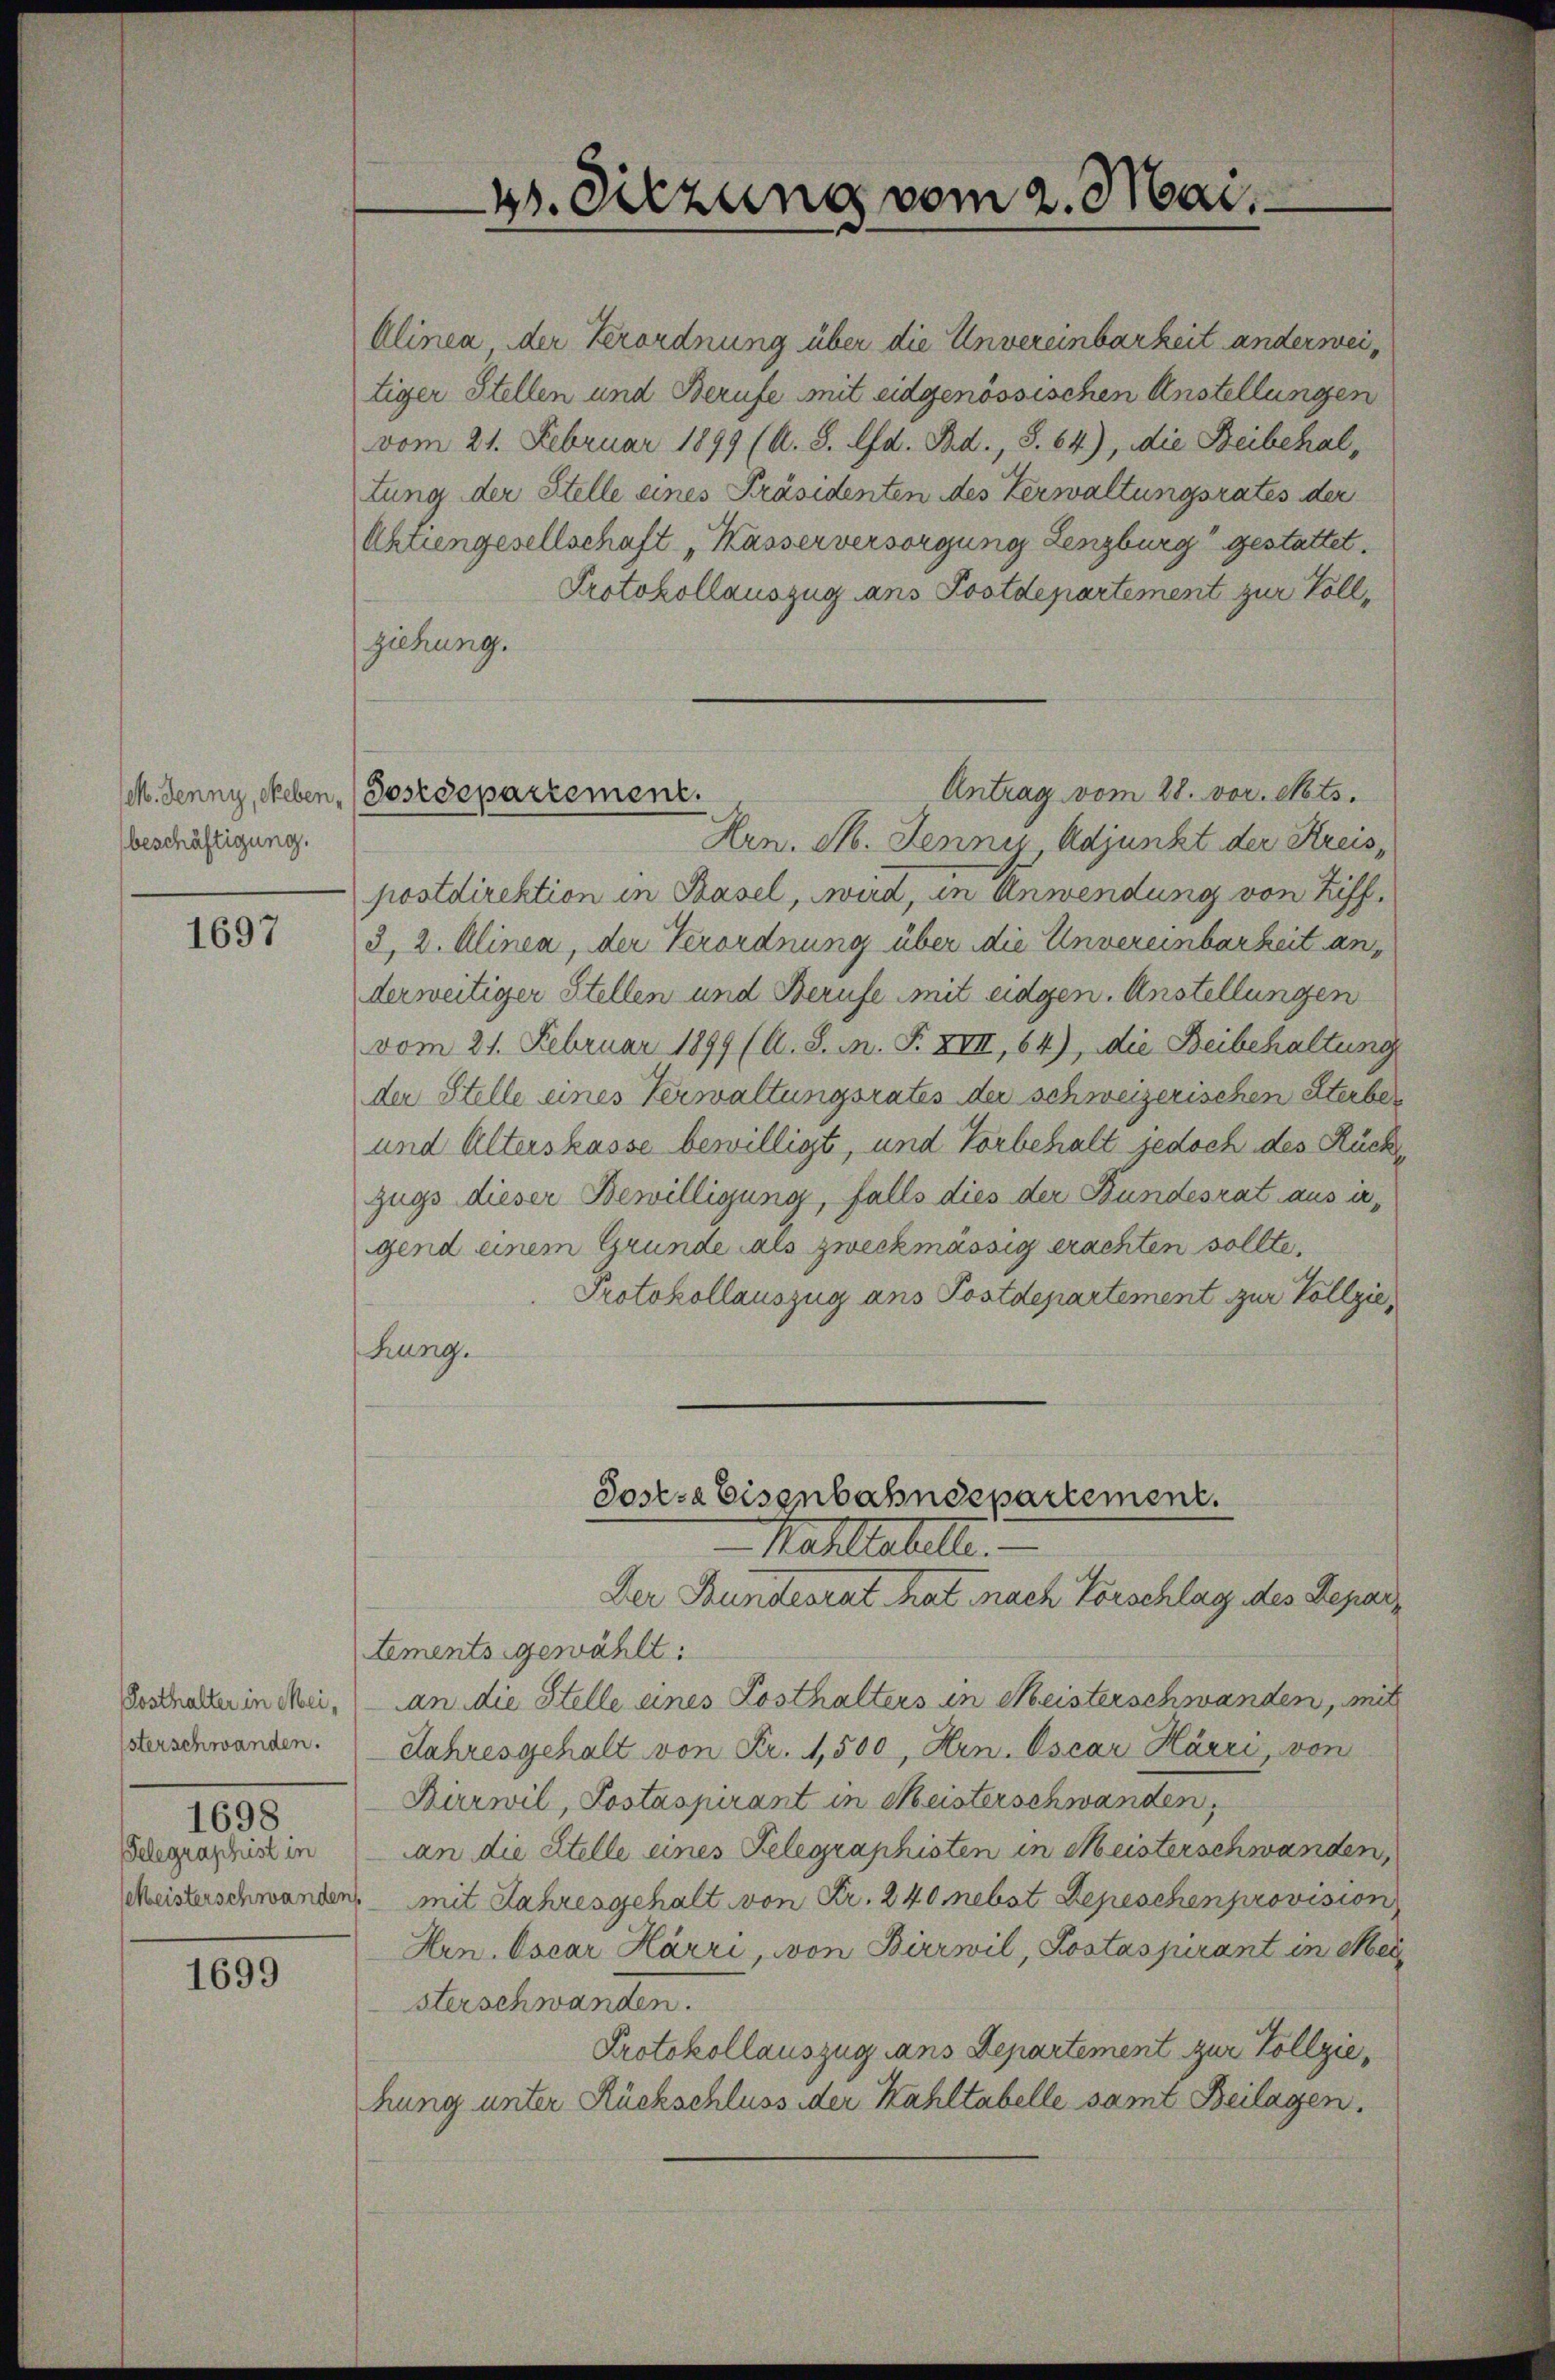
beschäftigung.

1697

(Posthalter in Meiisterschwanden.
1698
Telegraphist in

1699

4. Sitzung vom 2. Mai.

Alinea der Verordnung über die Unvereinbarkeit anderweitiger Stellen und Berufe mit eidgenössischen Anstellungen
vom 21. Februar 1899 (A. S. lfd. Bd., S. 64), die Beibehaltung der Stelle eines Präsidenten des Verwaltungsrates der
Aktiengesellschaft „Kasserversorgung Lenzburg gestattet.
Protokollauszug ans Postdepartement zur Vollziehung.
Antrag vom 28. vor. Mts.
Hrn. M. Jenner Adjunkt der Kreispostdirektion in Basel, wird, in Anwendung von Ziff.
3, 2. Alinea, der Verordnung über die Unvereinbarkeit anderweitiger Stellen und Berufe mit eidgen. Anstellungen
vom 21. Februar 1899 (A. S. m. F. XIII, 64), die Beibehaltung
der Stelle eines Verwaltungsrates der schweizerischen Sterbe¬
und Alterskasse bewilligt, und Vorbehalt jedoch des Rückzugs dieser Bewilligung, falls dies der Bundesrat aus irgend einem Grunde als zweckmässig erachten sollte,
Protokollauszug ans Postdepartement zur Vollzie
hung.
Sostra Eisenbahndepartement.
Mahltatelle.
Der Bundesrat hat nach Vorschlag des Departements gewählt:
an die Stelle eines Posthalters in Meisterschwanden, mit
Jahresgehalt von Fr. 1,500, Hrn. Oscar Härri, von
Kirwil, Postaspirant in Meisterschwanden,
an die Stelle eines Gelegraphisten in Meisterschwanden,
Meisterschwanden, mit Jahresgehalt von Fr. 240 nebst Depeschen provision
Hrn. Oscar Härri, von Birrwil, Kostaspirant in Meisterschwanden.
Protokollauszug dans Departement zur Vollziehung unter Rückschluss der Kahltabelle samt Beilagen.

(M. Jenny, geben, (Postdepartement.